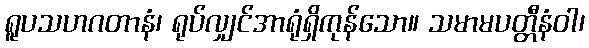
ရူပသဟဂတာနံ၊ ရုပ်လျှင်အာရုံရှိကုန်သော။ သမာမပတ္တီနံဝါ၊